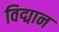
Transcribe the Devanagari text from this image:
विद्मान